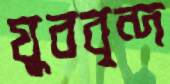
যুববৃন্দ